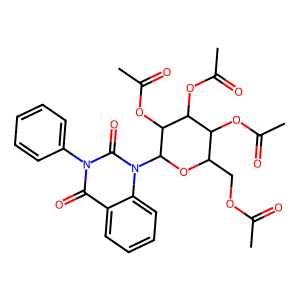
SMILES: CC(=O)OCC1OC(n2c(=O)n(-c3ccccc3)c(=O)c3ccccc32)C(OC(C)=O)C(OC(C)=O)C1OC(C)=O
Inhibits HIV replication: No